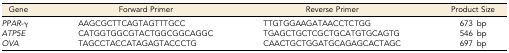
| Gene | Forward Primer | Reverse Primer | Product Size |
 | --- | --- | --- | --- |
 | PPAR-γ | AAGCGCTTCAGTAGTTTGCC | TTGTGGAAGATAACCTCTGG | 673 bp |
 | ATP5E | CATGGTGGCGTACTGGCGGCAGGC | TGAGCTGCTCGCTGCATGTGCAGTG | 546 bp |
 | OVA | TAGCCTACCATAGAGTACCCTG | CAACTGCTGGATGCAGAGCACTAGC | 697 bp |